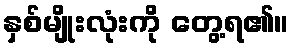
နှစ်မျိုးလုံးကို တွေ့ရ၏။